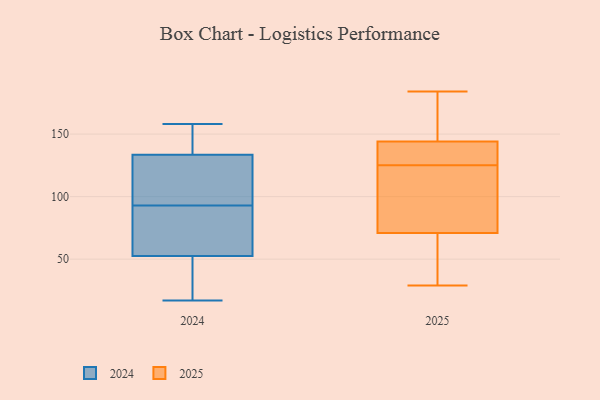
{"axis": {"x": "Energy Usage (MWh)", "y": "Value"}, "legend": ["2024", "2025"], "data": [{"x": "", "y": 57, "type": "2025"}, {"x": "", "y": 151, "type": "2025"}, {"x": "", "y": 144, "type": "2025"}, {"x": "", "y": 29, "type": "2025"}, {"x": "", "y": 74, "type": "2025"}, {"x": "", "y": 108, "type": "2025"}, {"x": "", "y": 138, "type": "2025"}, {"x": "", "y": 109, "type": "2025"}, {"x": "", "y": 129, "type": "2025"}, {"x": "", "y": 51, "type": "2025"}, {"x": "", "y": 121, "type": "2025"}, {"x": "", "y": 170, "type": "2025"}, {"x": "", "y": 141, "type": "2025"}, {"x": "", "y": 60, "type": "2025"}, {"x": "", "y": 140, "type": "2025"}, {"x": "", "y": 154, "type": "2025"}, {"x": "", "y": 71, "type": "2025"}, {"x": "", "y": 184, "type": "2025"}, {"x": "", "y": 145, "type": "2024"}, {"x": "", "y": 59, "type": "2024"}, {"x": "", "y": 46, "type": "2024"}, {"x": "", "y": 100, "type": "2024"}, {"x": "", "y": 17, "type": "2024"}, {"x": "", "y": 149, "type": "2024"}, {"x": "", "y": 158, "type": "2024"}, {"x": "", "y": 122, "type": "2024"}, {"x": "", "y": 86, "type": "2024"}, {"x": "", "y": 85, "type": "2024"}, {"x": "", "y": 107, "type": "2024"}, {"x": "", "y": 37, "type": "2024"}]}